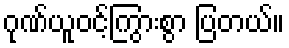
ဂုဏ်ယူဝင့်ကြွားစွာ ပြတယ်။